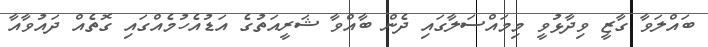
ބައްލަވާ ގާޒީ ވިދާޅުވީ މިމައްސަލާގައި ދެން ބާއްވާ ޝަރީއަތުގެ އަޑުއެހުމެއްގައި ގޮތެއް ދައުވާއާ